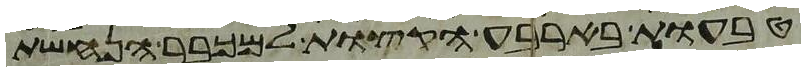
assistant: טבעות בארבע הקצות למכבר הנחשת